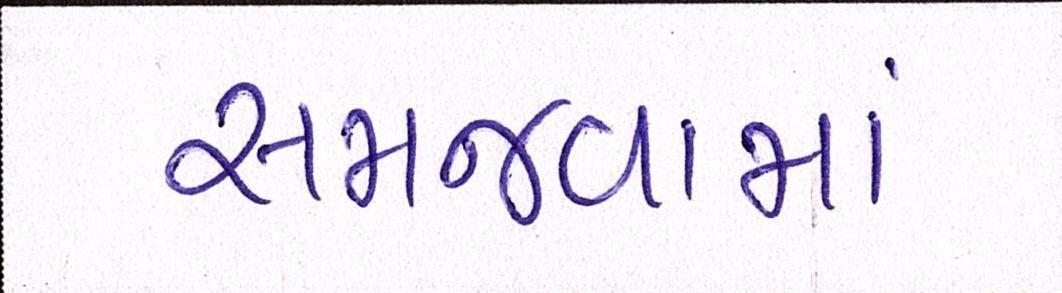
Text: સમજવામાં